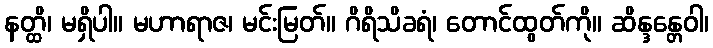
နတ္ထိ၊ မရှိပါ။ မဟာရာဇ၊ မင်းမြတ်။ ဂိရိသိခရံ၊ တောင်ထွတ်ကို။ ဆိန္ဒန္တေဝါ၊